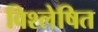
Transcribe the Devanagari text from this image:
विश्‍लेषित